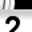
Digit: 2